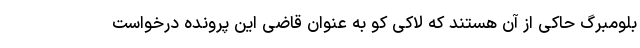
بلومبرگ حاکی از آن هستند که لاکی کو به عنوان قاضی این پرونده درخواست